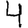
Digit: 4